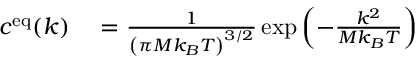
\begin{array} { r l } { c ^ { \mathrm { e q } } ( k ) } & { { } = \frac { 1 } { \left( \pi M k _ { B } T \right) ^ { 3 / 2 } } \exp \left( - \frac { k ^ { 2 } } { M k _ { B } T } \right) } \end{array}